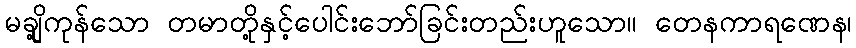
မချို့ကုန်သော တမာတို့နှင့်ပေါင်းဘော်ခြင်းတည်းဟူသော။ တေနကာရဏေန၊